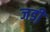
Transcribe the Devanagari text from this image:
जडी़